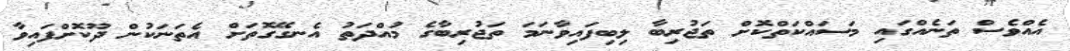
އެއްވެސް ތަނެއްގައި މަސައްކަތްކޮށް ތަޖުރިބާ ލިބިފައިވާނަމަ ތަޖުރިބާގެ މުއްދަތު އެނގޭގޮތަށް އެތަނަކުން ދޫކޮށްފައިވާ